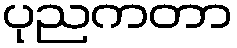
ပုညကတာ